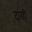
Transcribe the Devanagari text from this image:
दारही